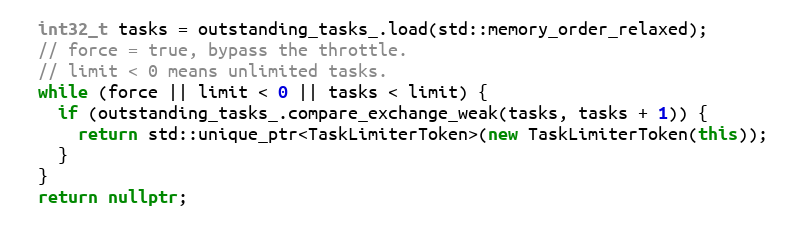
Language: C++
  int32_t tasks = outstanding_tasks_.load(std::memory_order_relaxed);
  // force = true, bypass the throttle.
  // limit < 0 means unlimited tasks.
  while (force || limit < 0 || tasks < limit) {
    if (outstanding_tasks_.compare_exchange_weak(tasks, tasks + 1)) {
      return std::unique_ptr<TaskLimiterToken>(new TaskLimiterToken(this));
    }
  }
  return nullptr;